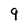
Character: 9